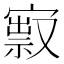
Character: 㝮